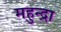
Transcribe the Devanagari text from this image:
महुन्द्रा